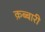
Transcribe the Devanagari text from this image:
क़ब्बारी